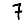
Digit: 7